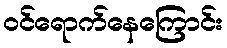
ဝင်ရောက်နေကြောင်း